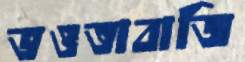
ভওতাবাজি